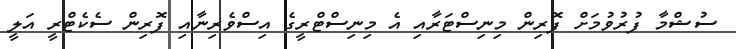
ސުޝްމާ ފުރުވުމަށް ފޮރިން މިނިސްޓަރާއި އެ މިނިސްޓްރީގެ އިސްވެރިނާއި ފޮރިން ސެކެޓްރީ އަލީ